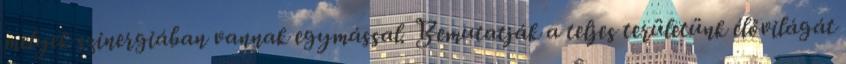
melyek szinergiában vannak egymással. Bemutatják a teljes területünk élővilágát